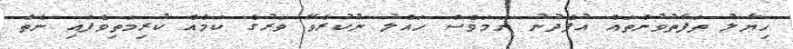
ހިޔާލު ތަފާތުވުންތައް އުފެދުނު ނަމަވެސް ހައްލު ނުކުރެވޭ ވަރުގެ ކަމެއް ކުރިމަތިވެފައި ނެތް